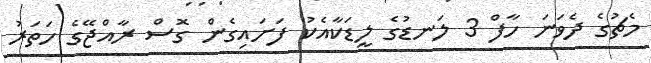
މެޗުގެ ދެވަނަ ހާފް 3 ލަނޑުގެ ލީޑަކާއެކު ފަށައިގެން ގޮސް ރާއްޖޭގެ ހަތަރު